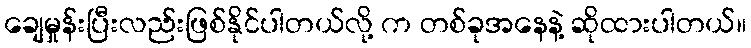
ချေမှုန်းပြီးလည်းဖြစ်နိုင်ပါတယ်လို့ က တစ်ခုအနေနဲ့ ဆိုထားပါတယ်။